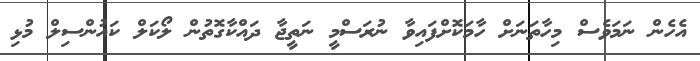
އެހެން ނަމަވެސް މިހާތަނަށް ހާމަކޮށްފައިވާ ނުރަސްމީ ނަތީޖާ ދައްކާގޮތުން ލޯކަލް ކައުންސިލް މުޅި